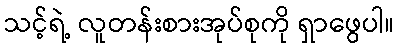
သင့်ရဲ့ လူတန်းစားအုပ်စုကို ရှာဖွေပါ။